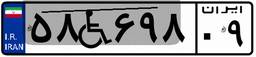
۵۸W۶۹۸۰۹